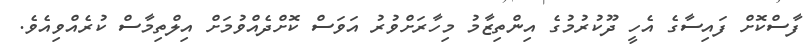
ފާސްކޮށް ފައިސާގެ އެހީ ދޫކުރުމުގެ އިންތިޒާމު މިހާރަށްވުރު އަވަސް ކޮށްދެއްވުމަށް އިލްތިމާސް ކުރެއްވިއެވެ.